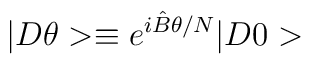
|D\theta>\equiv e^{i\hat B\theta /N}|D0>